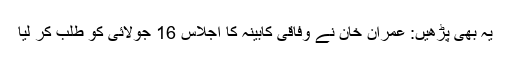
یہ بھی پڑھیں: عمران خان نے وفاقی کابینہ کا اجلاس 16 جولائی کو طلب کر لیا